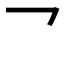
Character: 乛